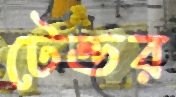
টেন্ডর